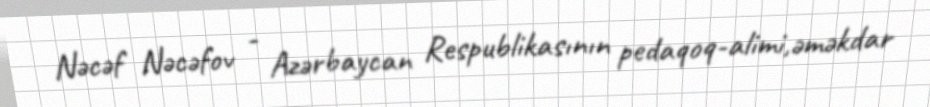
Nəcəf Nəcəfov - Azərbaycan Respublikasının pedaqoq-alimi,əməkdar